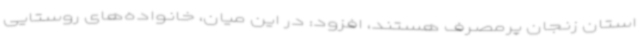
استان زنجان پرمصرف هستند، افزود: در این میان، خانواده‌های روستایی